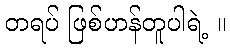
တရပ် ဖြစ်ဟန်တူပါရဲ့ ။